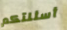
أسئلتكم